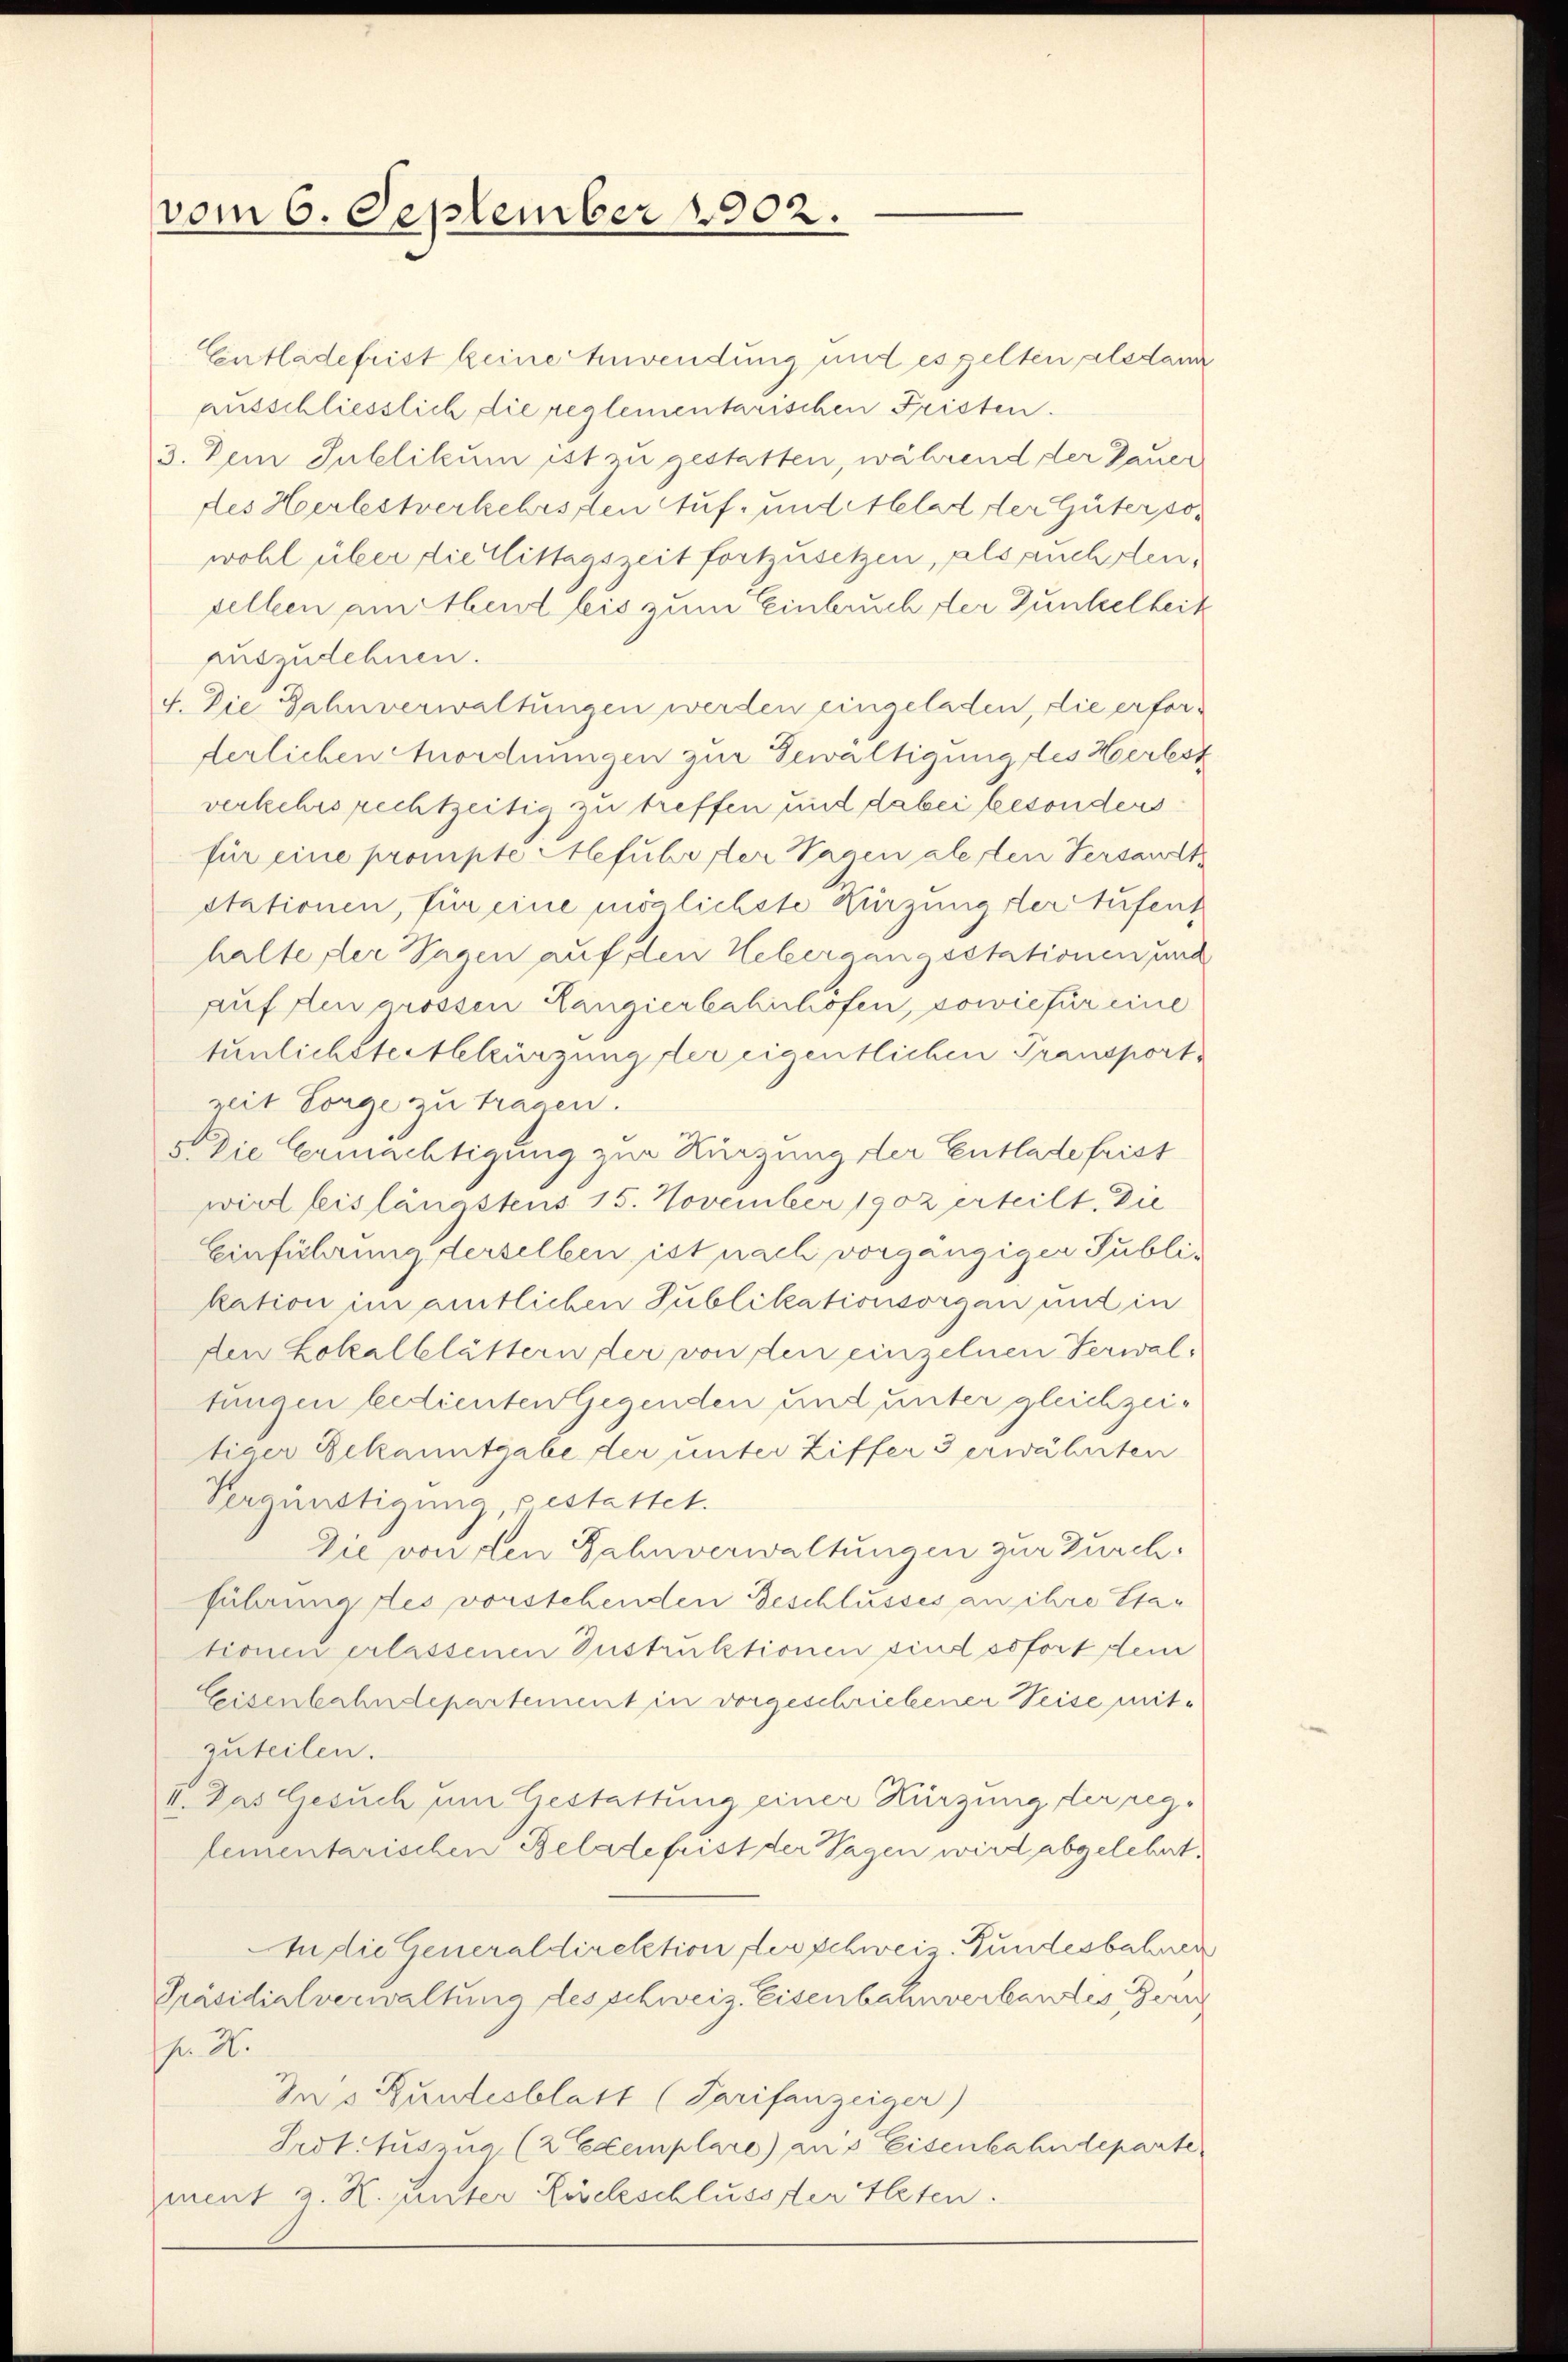
vom 6. September 1902.

Entladefrist keine Anwendung und es gelten alsdan
ausschliesslich die reglementarischen Fristen.
3. Dein Inblikum ist zu gestatten, während der Dauer
des Herlestverkehrsten Auf- und illat der Güter sowohl über die Mittagszeit fortzusetzen, als auchsten.
selben am Abend bis zum Einbruch der Dunkelheit
auszudehnen.
4. Die Zahnverwaltungen werden eingeladen, die erforderlichen Anordnungen zur Bewältigung des Herbst
verkehrsrechtzeitig zu treffen und dabei besondersfür eine prompte Alefuhr der Tagen allen Versandt
stationen, für eine möglichste Kürzung der Stufent
halte der Sagen auf den Hebergangsstationen und
auf den grossen Langierbahnhofen, sowie für eine
tunlichstertlekürzung der eigentlichen Transport,
zeit Sorge zu tragen.
5 die Ermächtigung zur Kürzung der Entlade frist
wird leis längstens 15. November 1902 erteilt. Die
Einführung derselben ist nach vorgängiger Publikation im amtlichen Sublikationsorgen mit in
den Lokalblättern der von den einzelnen Verwaltungen bedienten Gegenden und unter gleichzeitiger Bekanntgabe der unter Ziffer 3 erwähnten
Vergünstigung, gestattet.
Die von den Zahnverwaltungen zur Durch
führung des vorstehenden Beschlusses an ihre Etationen erlassenen Instruktionen sind es fort dem
Eisenbahndepartement in vorgeschriebener Weise mitzuteilen.
II. Das Gesuch um Gestattung einer Kürzung der reg.
lementarischen Belade frist der Tagen wird abgelehrt.
An die Generaldirektion der schweiz. Bundesbahnen
Präsidialverwaltung des schweiz. Eisenbahnverbantes Berg
h. 2.
Zu’s Bundesblatt (Tarifanzeiger)
Prot. Auszug (2 Exemplare) aus Eisenbahndeparte
ment z. R. unter Liselschlusser Alten.